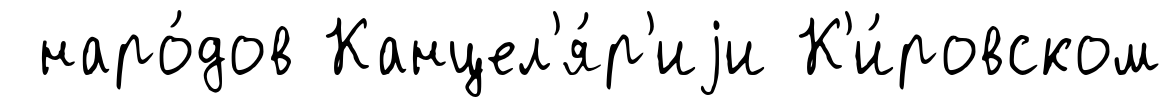
наро́дов Канцел'я́р'иjи К'и́ровском